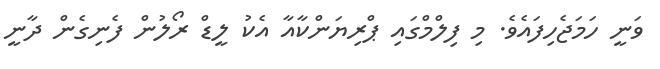
ވަނީ ހަމަޖެހިފައެވެ. މި ފިލްމްގައި ޕްރިޔަންކާއާ އެކު ލީޑް ރޯލުން ފެނިގެން ދާނީ